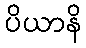
ပိယာနိ